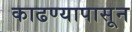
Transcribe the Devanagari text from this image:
काढण्यापासून